Plague in India, 1896, 1897 - Volume 2
Year: 1896
Disease focus: Plague
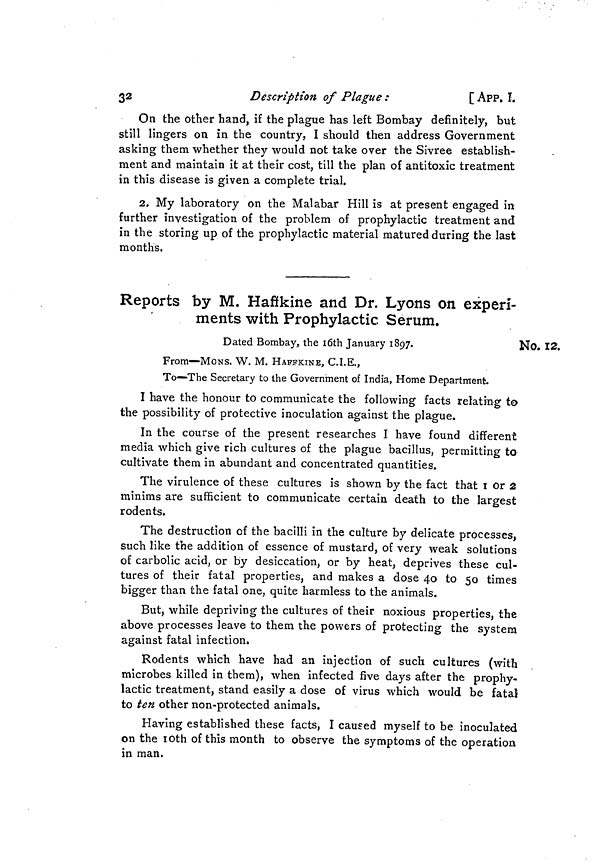
32
Description of Plague :
[ APP. I.
On the other hand, if the plague has left Bombay definitely, but
still lingers on in the country, I should then address Government
asking them whether they would not take over the Sivree establish-
ment and maintain it at their cost, till the plan of antitoxic treatment
in this disease is given a complete trial.
2. My laboratory on the Malabar Hill is at present engaged in
further investigation of the problem of prophylactic treatment and
in the storing up of the prophylactic material matured during the last
months.
Reports by M. Haffkine and Dr. Lyons on experi-
ments with Prophylactic Serum.
NO. 12.
Dated Bombay, the 16th January 1897.
From—MONS. W. M. HAFFKINE, C.I.E.,
To—The Secretary to the Government of India, Home Department.
I have the honour to communicate the following facts relating to
the possibility of protective inoculation against the plague.
In the course of the present researches I have found different
media which give rich cultures of the plague bacillus, permitting to
cultivate them in abundant and concentrated quantities.
The virulence of these cultures is shown by the fact that 1 or 2
minims are sufficient to communicate certain death to the largest
rodents.
The destruction of the bacilli in the culture by delicate processes,
such like the addition of essence of mustard, of very weak solutions
of carbolic acid, or by desiccation, or by heat, deprives these cul-
tures of their fatal properties, and makes a dose 40 to 50 times
bigger than the fatal one, quite harmless to the animals.
But, while depriving the cultures of their noxious properties, the
above processes leave to them the powers of protecting the system
against fatal infection.
Rodents which have had an injection of such cultures (with
microbes killed in them), when infected five days after the prophy-
lactic treatment, stand easily a dose of virus which would be fatal
to ten other non-protected animals.
Having established these facts, I caused myself to be inoculated
on the 10th of this month to observe the symptoms of the operation
in man.